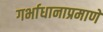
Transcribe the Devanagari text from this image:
गर्भाधानाप्रमाणे